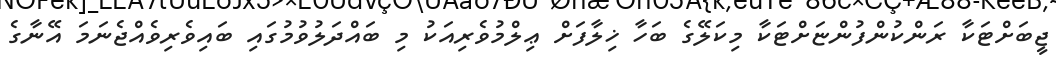
ޖީބަށްޓަކާ ރަންކުންފުންޏަށްޓަކާ މިކަލޭގެ ބަހާ ޚިލާފަށް ޢިލްމުވެރިއަކު މި ބައްދަލުވުމުގައި ބައިވެރިވެއްޖެނަމަ އޭނާގެ